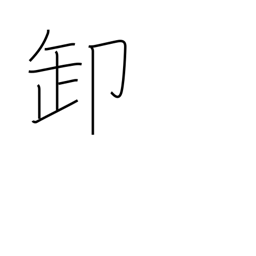
Meaning: wholesale